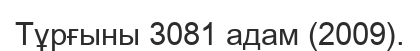
Тұрғыны 3081 адам (2009).